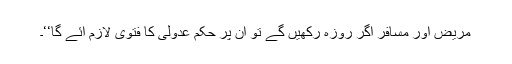
مریض اور مسافر اگر روزہ رکھیں گے تو ان پر حکم عدولی کا فتویٰ لازم آئے گا‘‘۔